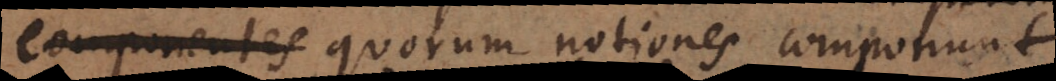
componentes quorum notiones componunt